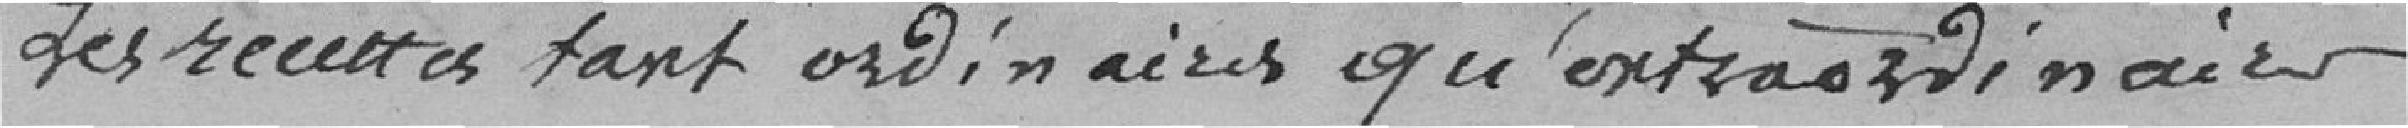
Les recettes tant ordinaires qu'extraordinaires